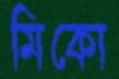
মিকো